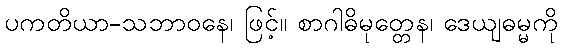
ပကတိယာ-သဘာဝနေ၊ ဖြင့်။ စာဂါဓိမုတ္တေန၊ ဒေယျဓမ္မကို